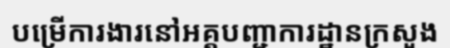
បម្រើការងារនៅអគ្គបញ្ជាការដ្ឋានក្រសួង